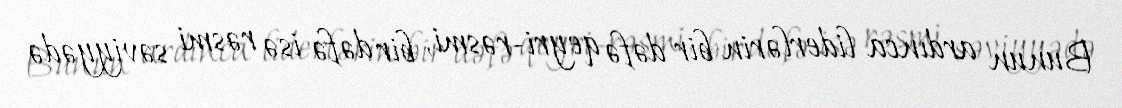
Bunun ardınca liderlərin bir dəfə qeyri-rəsmi, bir dəfə isə rəsmi səviyyədə